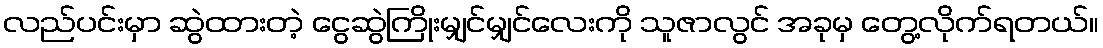
လည်ပင်းမှာ ဆွဲထားတဲ့ ငွေဆွဲကြိုးမျှင်မျှင်လေးကို သူဇာလွင် အခုမှ တွေ့လိုက်ရတယ်။